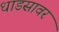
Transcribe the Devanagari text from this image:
धाडसावर